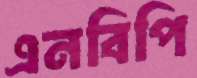
এনবিপি